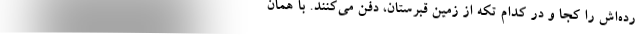
رده‌اش را كجا و در كدام تكه از زمين قبرستان، دفن مي‌كنند. با همان